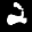
Label: 2